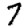
Digit: 7